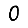
Digit: 0